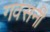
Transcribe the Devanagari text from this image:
गवसनी